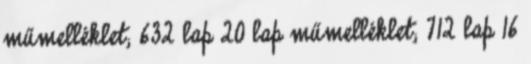
műmelléklet; 632 lap 20 lap műmelléklet; 712 lap 16